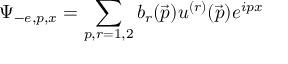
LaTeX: \Psi _ { - e , p , x } = \sum _ { p , r = 1 , 2 } b _ { r } ( \vec { p } ) u ^ { ( r ) } ( \vec { p } ) e ^ { i p x }